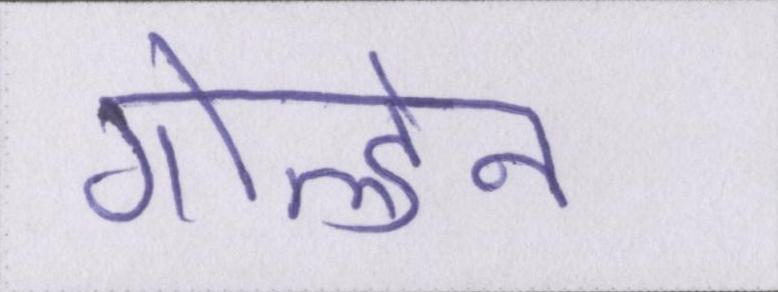
गोल्डेन